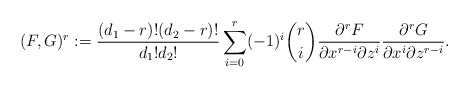
\begin{align*}(F, G)^r := \frac{(d_1- r)!(d_2 - r)!}{d_1!d_2!} \sum_{i=0}^r (-1)^i \binom{r}{i} \frac{\partial^r F}{\partial x^{r-i} \partial z^i}\frac{\partial^r G}{\partial x^{i} \partial z^{r-i}}.\end{align*}